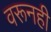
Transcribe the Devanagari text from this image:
वरूनही